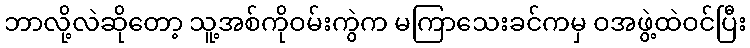
ဘာလို့လဲဆိုတော့ သူ့အစ်ကိုဝမ်းကွဲက မကြာသေးခင်ကမှ ဝအဖွဲ့ထဲဝင်ပြီး